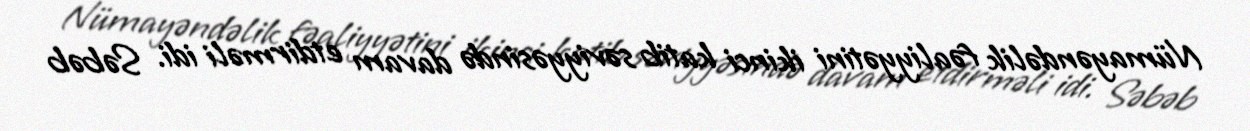
Nümayəndəlik fəaliyyətini ikinci katib səviyyəsində davam etdirməli idi. Səbəb